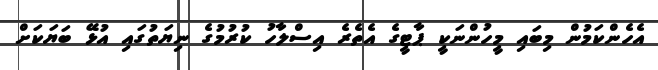
އެހެންކަމުން މިބައި މީހުންނަކީ ޕާޓީގެ އެތެރެ އިސްލާހު ކުރުމުގެ ނިޔަތުގައި އުޅޭ ބަޔަކަށް